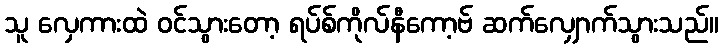
သူ လှေကားထဲ ဝင်သွားတော့ ရပ်စ်ကိုလ်နီကော့ဗ် ဆက်လျှောက်သွားသည်။